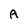
Character: A